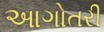
આગોતરી